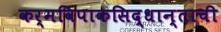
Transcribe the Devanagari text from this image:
कर्मविपाकसिद्धान्ताची